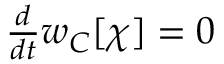
\begin{array} { r } { { \frac { d } { d t } } w _ { C } [ \chi ] = 0 } \end{array}